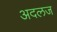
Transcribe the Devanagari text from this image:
अदलज